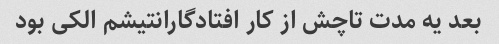
بعد یه مدت تاچش از کار افتادگارانتیشم الکی بود